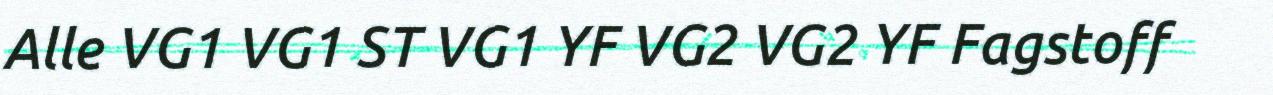
Alle VG1 VG1 ST VG1 YF VG2 VG2 YF Fagstoff